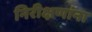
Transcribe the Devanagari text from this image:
निरीक्षणांना